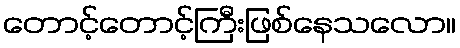
တောင့်တောင့်ကြီးဖြစ်နေသလော။